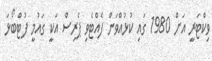
ވިކްޓަރީ އަށް 1980 ގައި ކުޅުއްވަން ފެއްޓެވި ޕެރިސް އަކީ ގައުމީ ފުޓްބޯޅަ